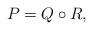
LaTeX: \begin{align*}P=Q\circ R, \end{align*}